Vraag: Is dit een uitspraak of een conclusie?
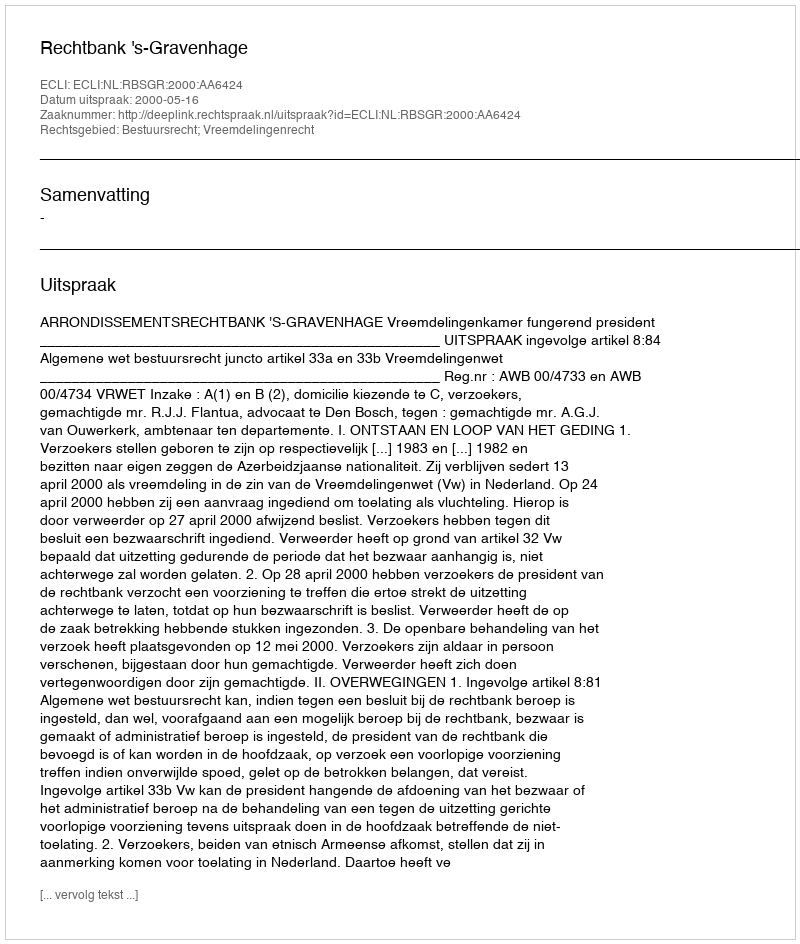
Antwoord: Uitspraak